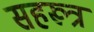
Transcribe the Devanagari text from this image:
सहरूत्र